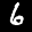
Label: 6